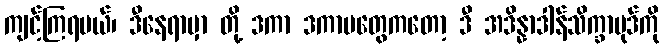
ကျင့်ကြရမယ်၊ ဒီနေရာမှာ တို့ ဒကာ ဒကာမတွေကတော့ ဒီ အဒိန္နာဒါန်သိက္ခာပုဒ်ကို